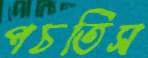
পচতিস